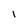
Character: i